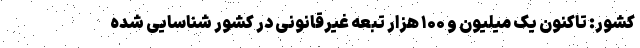
کشور: تاکنون یک میلیون و ۱۰۰ هزار تبعه غیرقانونی در کشور شناسایی شده